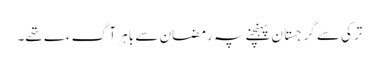
ترکی سے گرجستان پہنچنے پہ رمضان سے باہر آگءے تھے۔